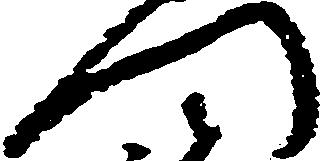
門